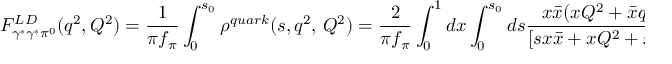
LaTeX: F _ { \gamma ^ { * } \gamma ^ { * } \pi ^ { 0 } } ^ { L D } ( q ^ { 2 } , Q ^ { 2 } ) = \frac 1 { \pi f _ { \pi } } \int _ { 0 } ^ { s _ { 0 } } \rho ^ { q u a r k } ( s , q ^ { 2 } , \, Q ^ { 2 } ) = \frac 2 { \pi f _ { \pi } } \int _ { 0 } ^ { 1 } d x \int _ { 0 } ^ { s _ { 0 } } d s \frac { x \bar { x } ( x Q ^ { 2 } + \bar { x } q ^ { 2 } ) ^ { 2 } } { [ s { x } \bar { x } + x Q ^ { 2 } + \bar { x } q ^ { 2 } ] ^ { 3 } } \, .